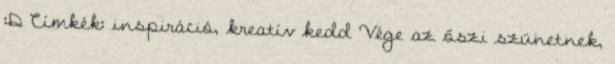
:D Címkék: inspiráció, kreatív kedd Vége az őszi szünetnek,